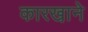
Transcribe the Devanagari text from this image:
कारखा़ने